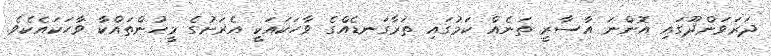
ދަރަވަންދޫގައި އޮންނަ އާސާރީ ތަނެއް ކަމުގައި ތަރާގަނޑެއްގެ ވާހަކައަކީ އެރަށުގެ މީހުންތައްކާ ވާހަކައެކެވެ.